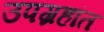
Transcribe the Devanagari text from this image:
उपग्रहांत